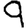
Digit: 9